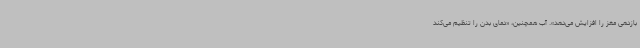
بازدهی مغز را افزایش می‌دهد». آب همچنین، «دمای بدن را تنظیم می‌کند